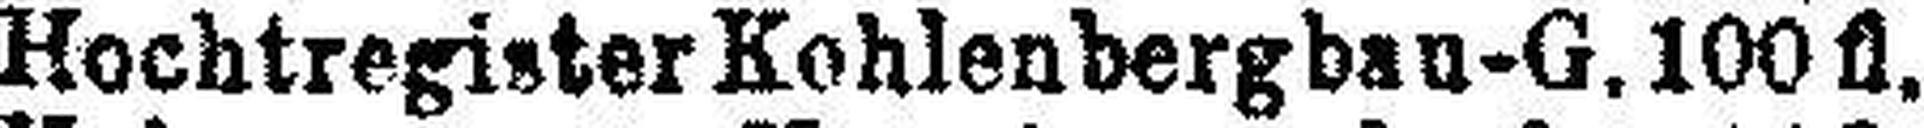
Hochtregister Kohlenbergbau-G. 100 fl.